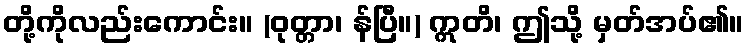
တို့ကိုလည်းကောင်း။ (ဝုတ္တာ၊ န်ပြီ။) ဣတိ၊ ဤသို့ မှတ်အပ်၏။